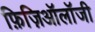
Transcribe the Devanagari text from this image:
फ़िज़िऑलॉजी